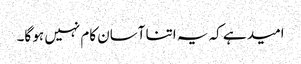
امید ہے کہ یہ اتنا آسان کام نہیں ہو گا۔